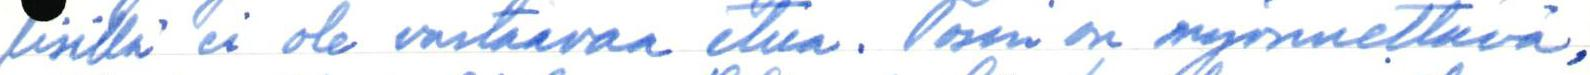
lisillä ei ole vastaavaa etua. Tosin on myönnettävä,